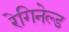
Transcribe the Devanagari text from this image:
रेगिनेल्‍ड